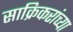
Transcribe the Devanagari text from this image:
साक्रिकरांच्या